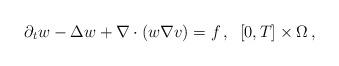
LaTeX: \begin{align*}\partial_{t}w - \Delta w + \nabla\cdot(w\nabla v) = f\,,\;\; [0,T]\times\Omega\,,\end{align*}